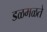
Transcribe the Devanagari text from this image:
डळमळते